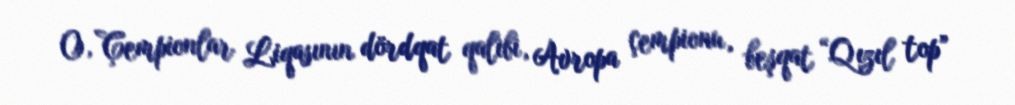
O, Çempionlar Liqasının dördqat qalibi, Avropa çempionu, beşqat “Qızıl top”